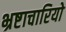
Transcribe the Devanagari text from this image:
भ्रष्टाचारियो